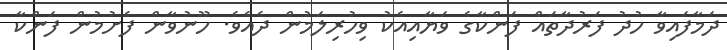
ދަމާފައިވާ ހުދު ފަރުދާތައް ފަންކާގެ ވަޔާއިއެކު ވިހުރިލަމުން ދެއެވެ. ހޫނުވާން ފެށުމުން ފަންކާ